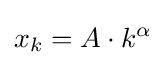
x_{k}=A\cdot k^{\alpha }